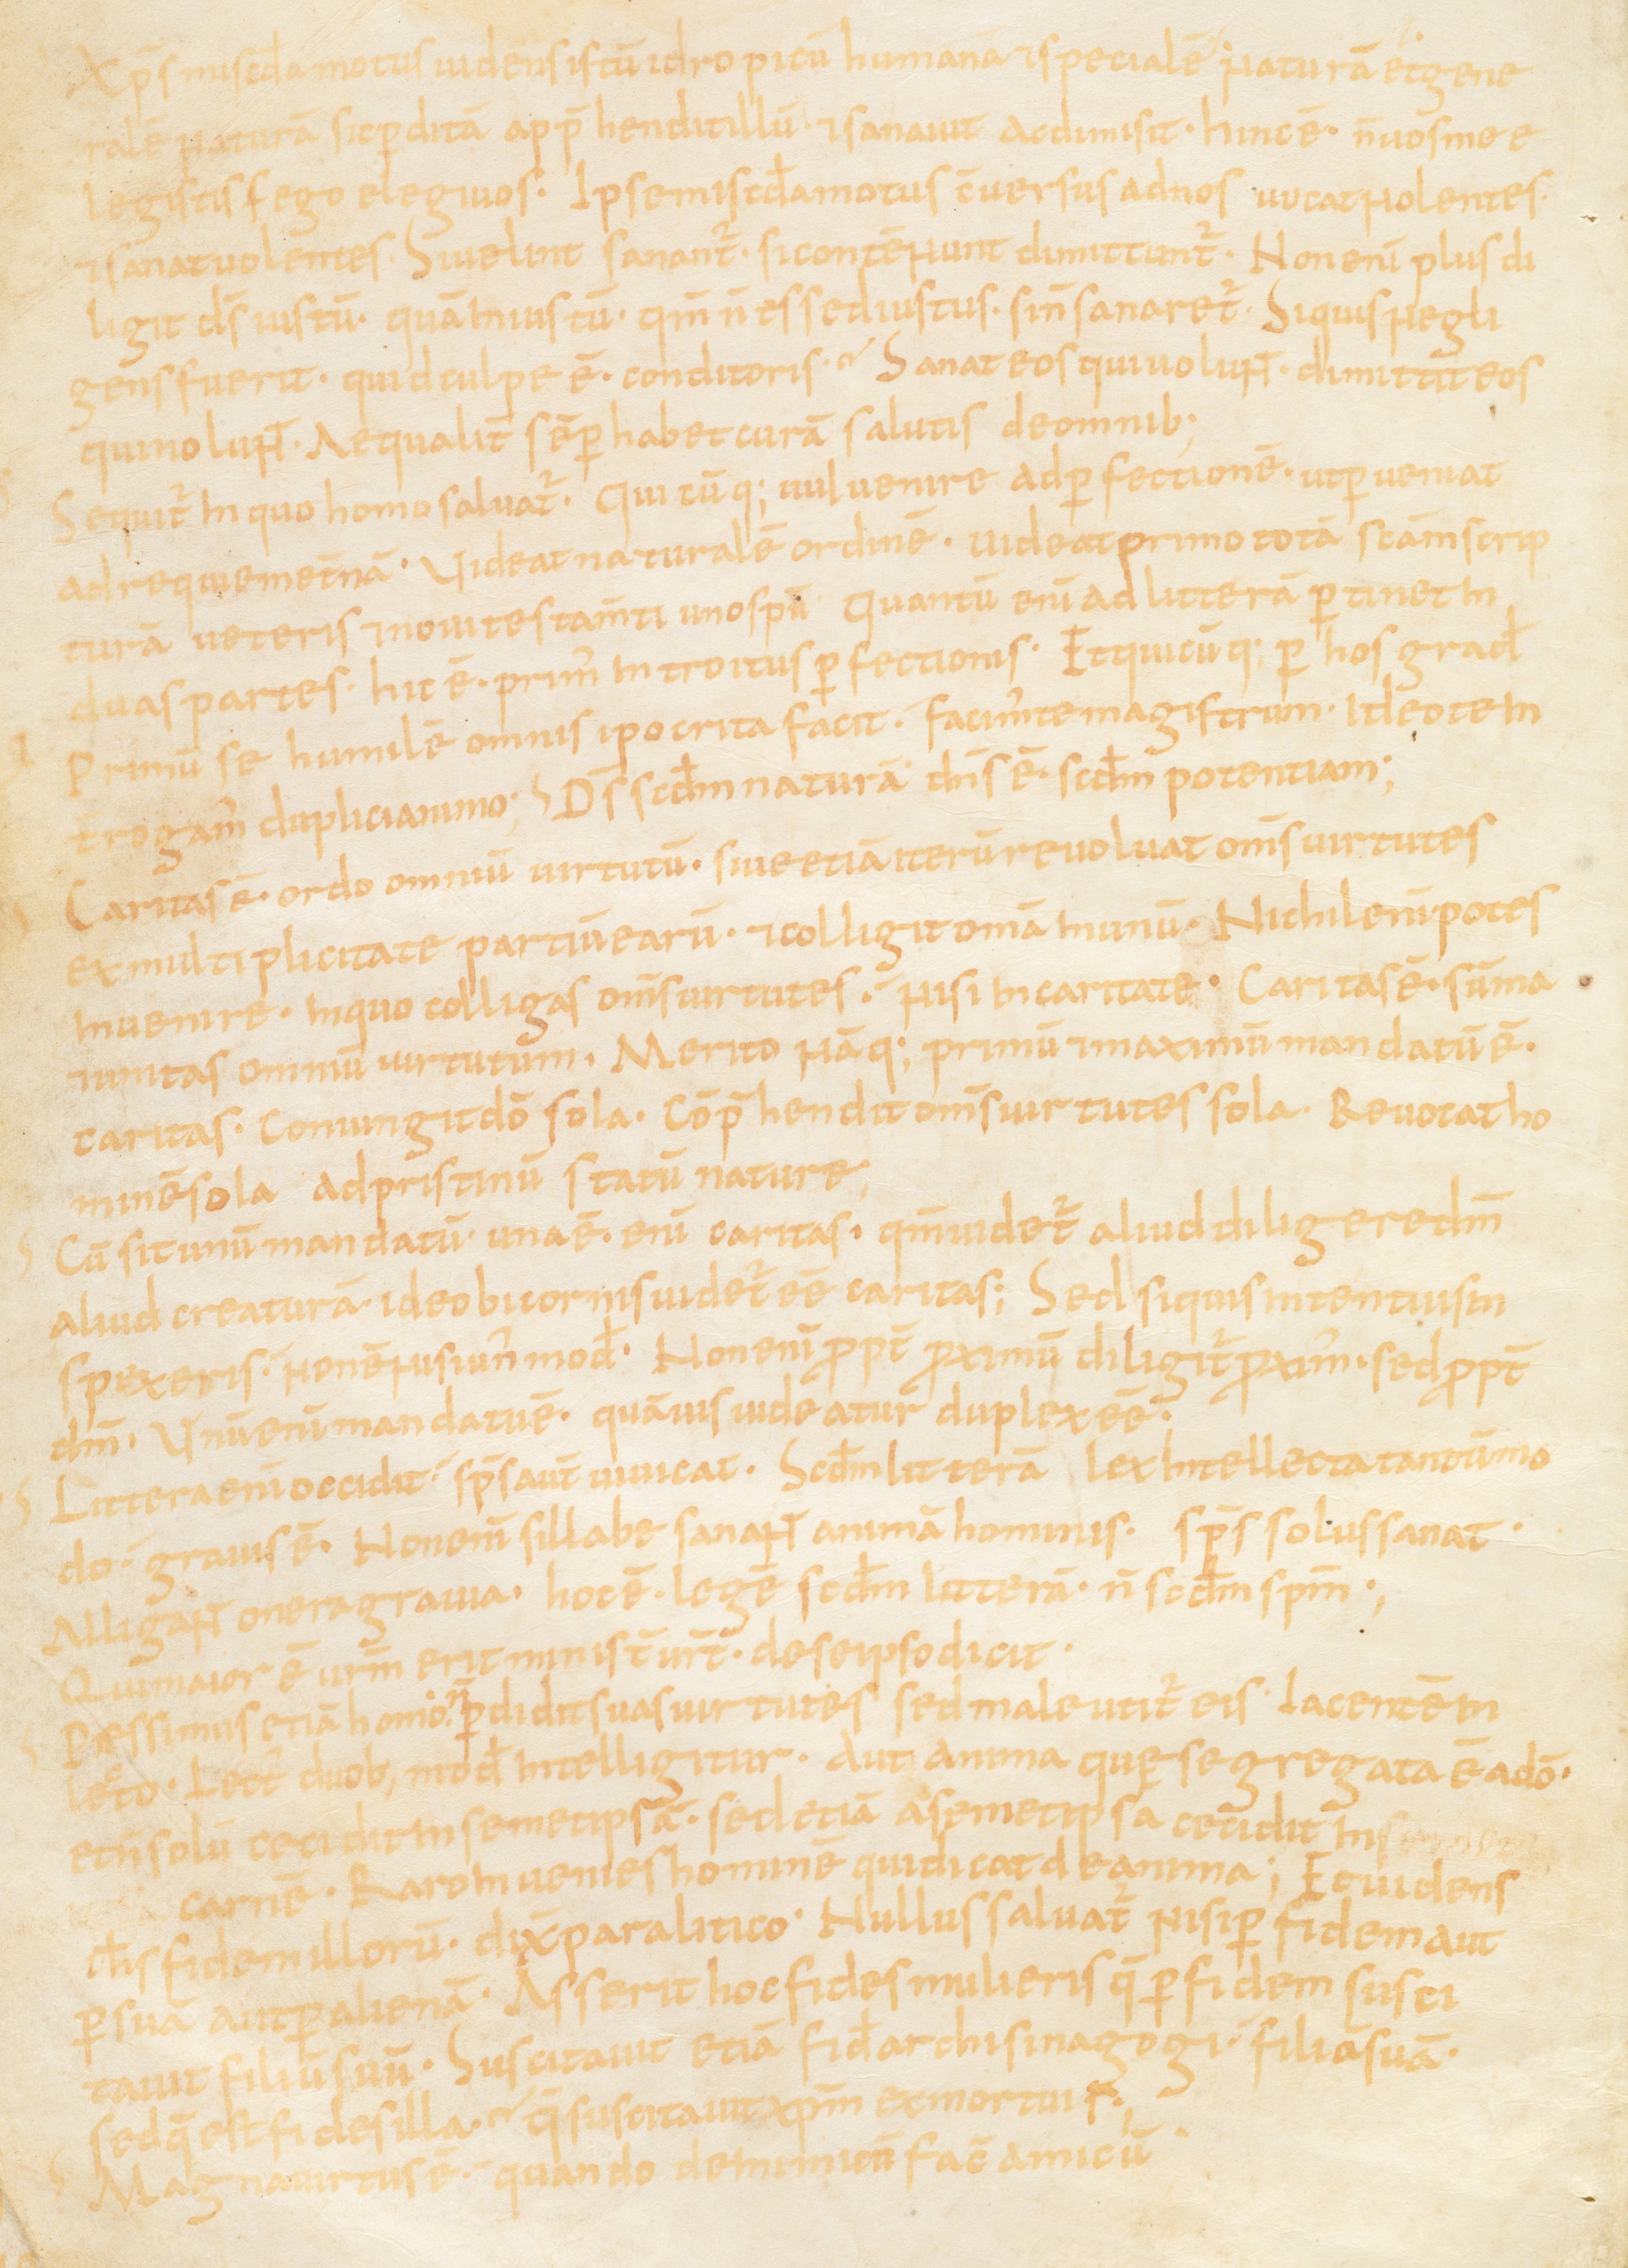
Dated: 867–949